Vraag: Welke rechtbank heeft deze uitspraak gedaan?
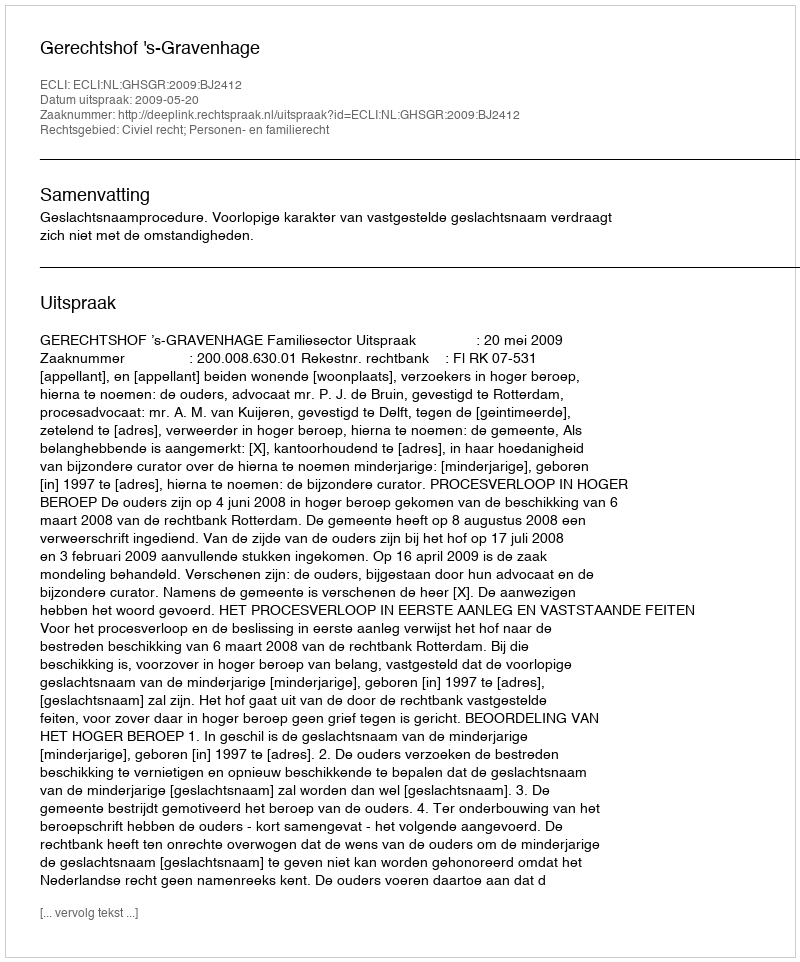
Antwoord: Gerechtshof 's-Gravenhage